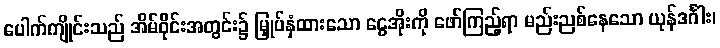
ပေါက်ကျိုင်းသည် အိမ်ဝိုင်းအတွင်း၌ မြှုပ်နှံထားသော ငွေအိုးကို ဖော်ကြည့်ရာ မည်းညစ်နေသော ယုန်ဒင်္ဂါး၊